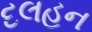
દલહન